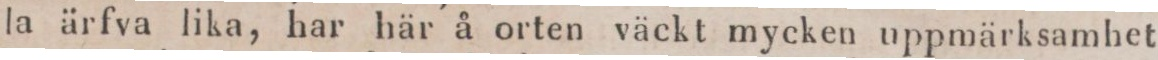
la ärfva lika, har här å orten väckt mycken uppmärksamhet